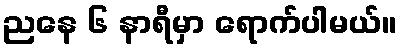
ညနေ ၆ နာရီမှာ ရောက်ပါမယ်။